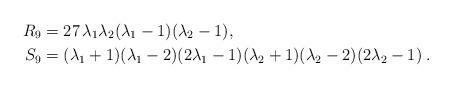
LaTeX: \begin{align*} R_9 & = 27 \, \lambda_1 \lambda_2 (\lambda_1-1) (\lambda_2-1), \\ S_9 & = (\lambda_1+1)(\lambda_1-2)(2\lambda_1-1) (\lambda_2+1)(\lambda_2-2)(2\lambda_2-1) \;.\end{align*}